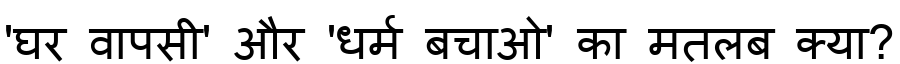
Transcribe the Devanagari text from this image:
'घर वापसी' और 'धर्म बचाओ' का मतलब क्या?